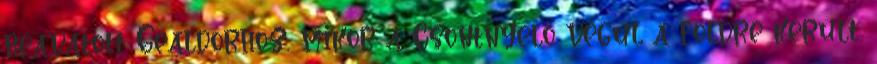
beavatott Gealdorhoz, mikor a Csontnyelő végül a földre került.